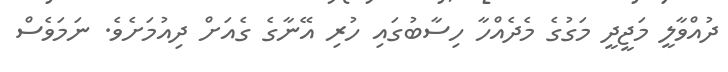
ދުއްވާލީ މަޖީދީ މަގުގެ މެދެއްހާ ހިސާބުގައި ހުރި އޭނާގެ ގެއަށް ދިއުމަށެވެ. ނަމަވެސް